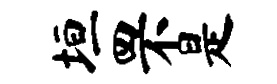
垣罘是